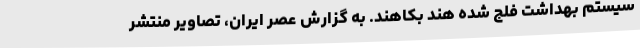
سیستم بهداشت فلج شده هند بکاهند. به گزارش عصر ایران، تصاویر منتشر